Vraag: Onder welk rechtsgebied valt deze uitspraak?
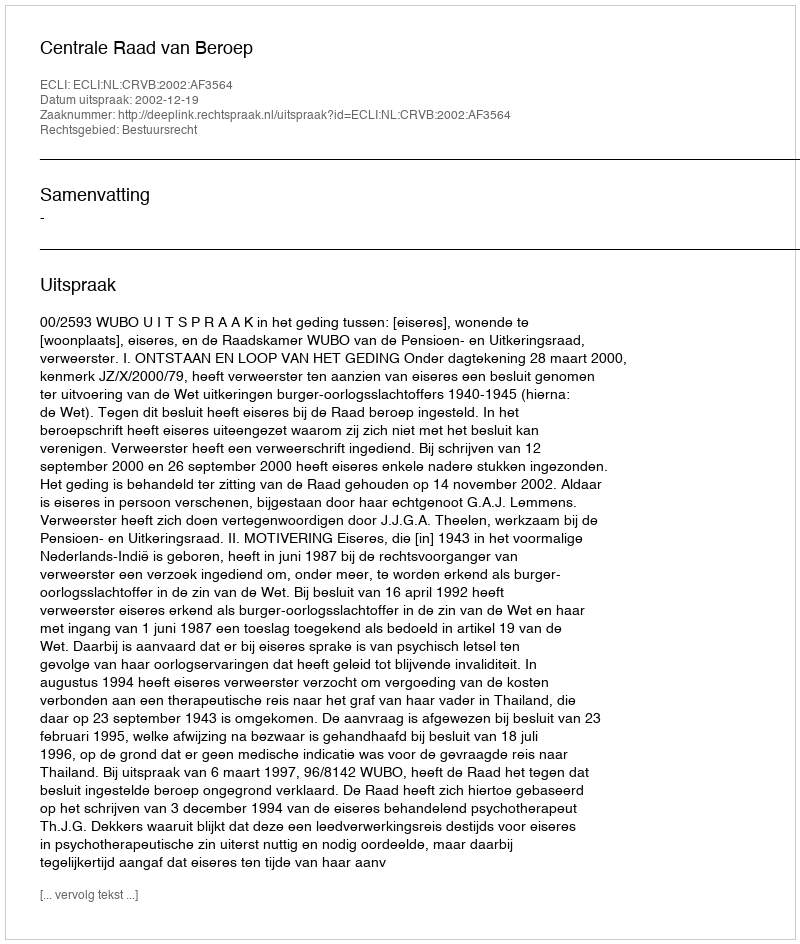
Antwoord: Bestuursrecht